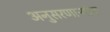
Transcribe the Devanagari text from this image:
अनुसरणाऱ्यांना